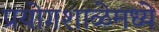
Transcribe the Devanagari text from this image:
प्रयोगशाळेमध्ये